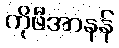
ကိုဖီအာနန်